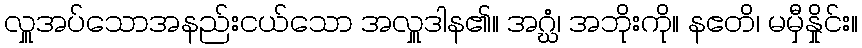
လှူအပ်သောအနည်းငယ်သော အလှူဒါန၏။ အဂ္ဃံ၊ အဘိုးကို။ နဧတိ၊ မမှီနှိုင်း။